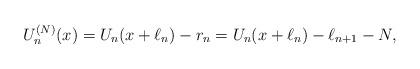
LaTeX: \begin{align*}U_{n}^{(N)}(x)=U_{n}(x+\ell_{n})-r_{n}=U_{n}(x+\ell_{n})-\ell_{n+1}-N,\end{align*}